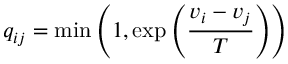
q _ { i j } = \operatorname* { m i n } \left( 1 , \exp \left( { \frac { v _ { i } - v _ { j } } { T } } \right) \right)